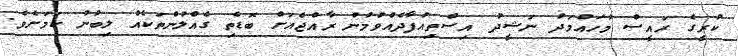
ކުރީގެ ރައީސް މުހައްމަދު ނަޝީދު އިސްތިއުފާދެއްވުމުން ރާއްޖެއަށް ބޮޑެތި ގެއްލުންތަކެއް ލިބުނު ކަމަށެވެ.